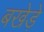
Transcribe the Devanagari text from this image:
बखेड़े